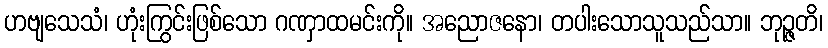
ဟဗျသေသံ၊ ဟုံးကြွင်းဖြစ်သော ဂဏှာထမင်းကို။ အညောဇနော၊ တပါးသောသူသည်သာ။ ဘုဉ္ဇတိ၊